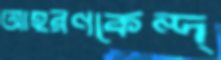
আহরণকেন্দ্